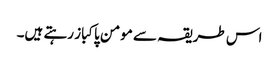
اس طریقہ سے مومن پاکباز رہتے ہیں۔